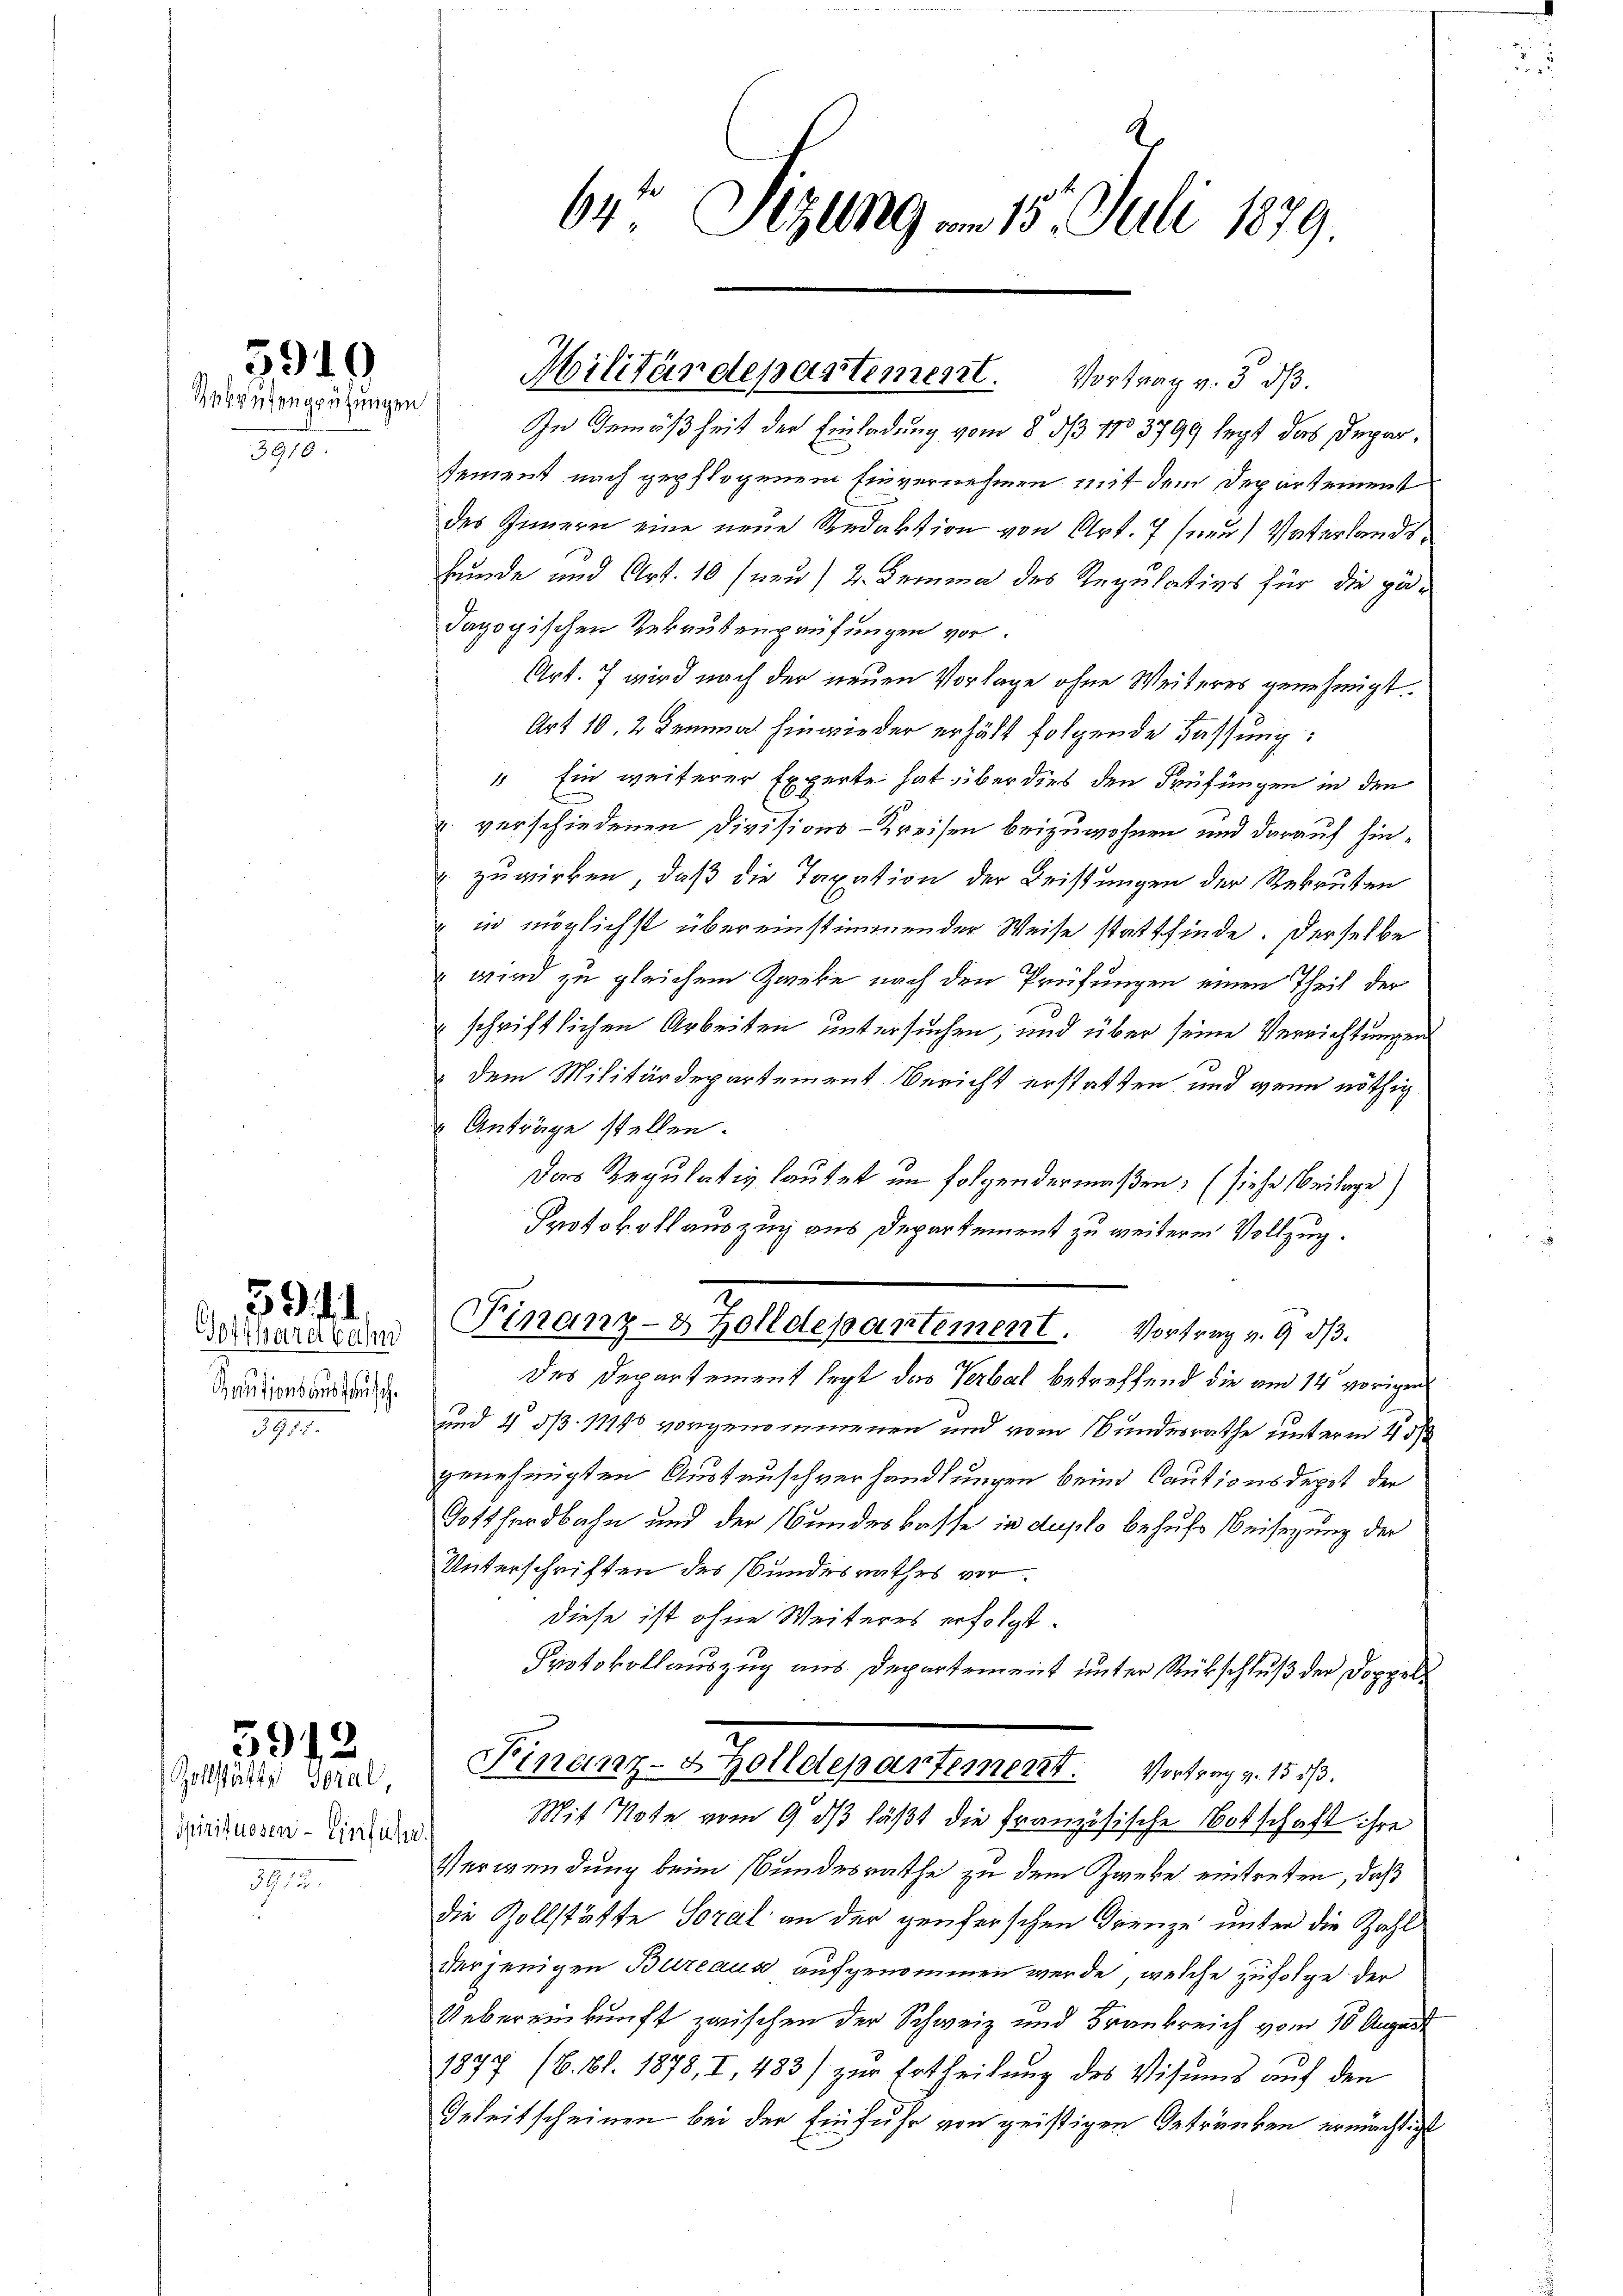
5910
Rekrutenprüfungen

3910

Gotthardbahn
Kautionsanstausch.
III.

59. 11.

Spirituosen - Einfuhr.
1.

5912
Zollstätte Soral,

64 Sizung am 15. Juli 1879

Militärdepartement. Vortrag v. 3. ds.

In Gemäßheit der Einladung vom 8. d. 111 3799 letzt das Deparsement nach gepflogenem Einvernehmen mit dem Departement
des Zimmern eine neue Redaktion von Art. 7 (neu, Vaterlandshunde und Art. 10 (neu, 2. Lemma des Regulativs für die gedagogischen Rekrutenprüfungen vor.
Art. 7 wird nach der neuen Vorlage ohne Weiteres genehmigt.
Art 10, 2 Lemmal hinwieder erhält folgende Fassung:
 Ein weiterer Experte hat über dies den Prüfungen in den
 verschiedenen Divisions-Kreisen beizuwohnen und darauf hinzuwirken, daß die Taxation der Leistungen der Rekruten
" in möglichst übereinstimmender Weise stattfinde. Derselbe
" wird zu gleichem Zweke nach den Prüfungen einen Theil der
schriftlichen Arbeiten untersuchen, und über seine Verrichtungen
dem Militärdepartement Bericht erstatten, und wenn nöthig
 Anträge stellen.
Das Regulativ lautet im folgendermaßen; (siehe Beilage)
Protokoll auszug aus Departement zu weiterm Vollzug.
Finanz- & Zolldepartement. Vortrag v. 9. dβ.
des Departement legt das Verbal betreffend die am 14 vorigen
und 4 § 11148 vorgenommenen und vom Bundesrathe unterm 15
genehmigten Austauschverhandlungen beim Cautionsdeppt der
Totthardbahn und der Bundeskasse in duplo behufs Beisezung der
Unterschriften des Bundesrathes vor.
diese ist ohne Weiteres erfolgt.
Protokollauszug aus Departement unter Rückschluß der Doppell
Finanz- & Zolldepartement. Vortrag v. 15 1/3.
Mit Note vom 9. ds läßt die Französische Botschaft ihre
Verwendung beim Bundesrathe zu dem Zweke eintreten, daß
die Zollstätte Soral an der genferschen Grenze unter die Zahl
derjenigen Bureaus aufgenommen werde, welche zufolge der
Uebereinkunft zwischen der Schweiz und Frankreich vom 10 August
1877 (8. Bl. 1878, I, 483) zur Ertheilung des Visums auf den
Grkeitscheinen bei der Einfuhr von geistigen Getränken ermächtigt